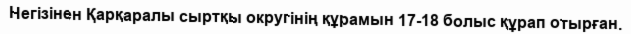
Негізінен Қарқаралы сыртқы округінің құрамын 17-18 болыс құрап отырған.